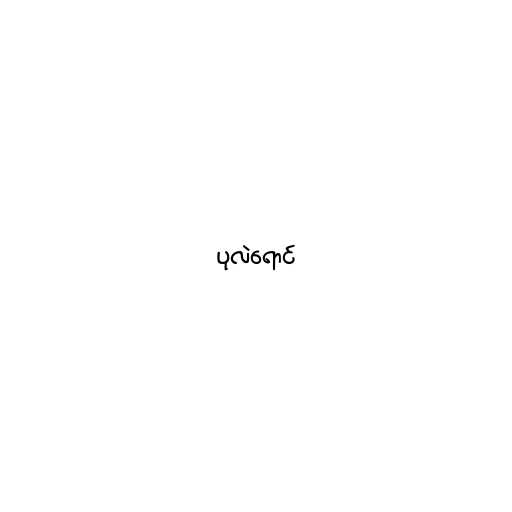
ပုလဲရောင်